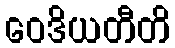
ဝေဒိယတီတိ